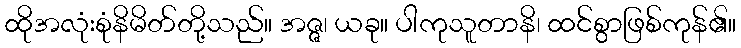
ထိုအလုံးစုံနိမိတ်တို့သည်။ အဇ္ဇ၊ ယခု။ ပါကုသူတာနိ၊ ထင်စွာဖြစ်ကုန်၏။